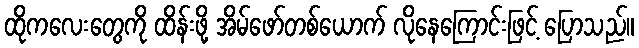
ထိုကလေးတွေကို ထိန်းဖို့ အိမ်ဖော်တစ်ယောက် လိုနေကြောင်းဖြင့် ပြောသည်။